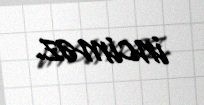
inciməz.